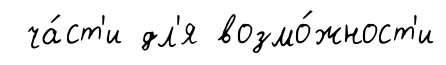
ча́ст'и дл'я возмо́жност'и